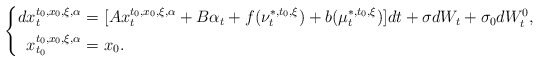
\begin{align*}\left\{\begin{aligned}dx_t^{t_0,x_0,\xi,\alpha}=&~[Ax_t^{t_0,x_0,\xi,\alpha}+B\alpha_t+f(\nu_t^{*,t_0,\xi})+b(\mu_t^{*,t_0,\xi})]dt+\sigma dW_t+\sigma_0dW^0_t,\\x_{t_0}^{t_0,x_0,\xi,\alpha}=&~x_0.\end{aligned}\right.\end{align*}